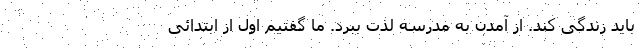
باید زندگی کند. از آمدن به مدرسه لذت ببرد. ما گفتیم اول از ابتدائی